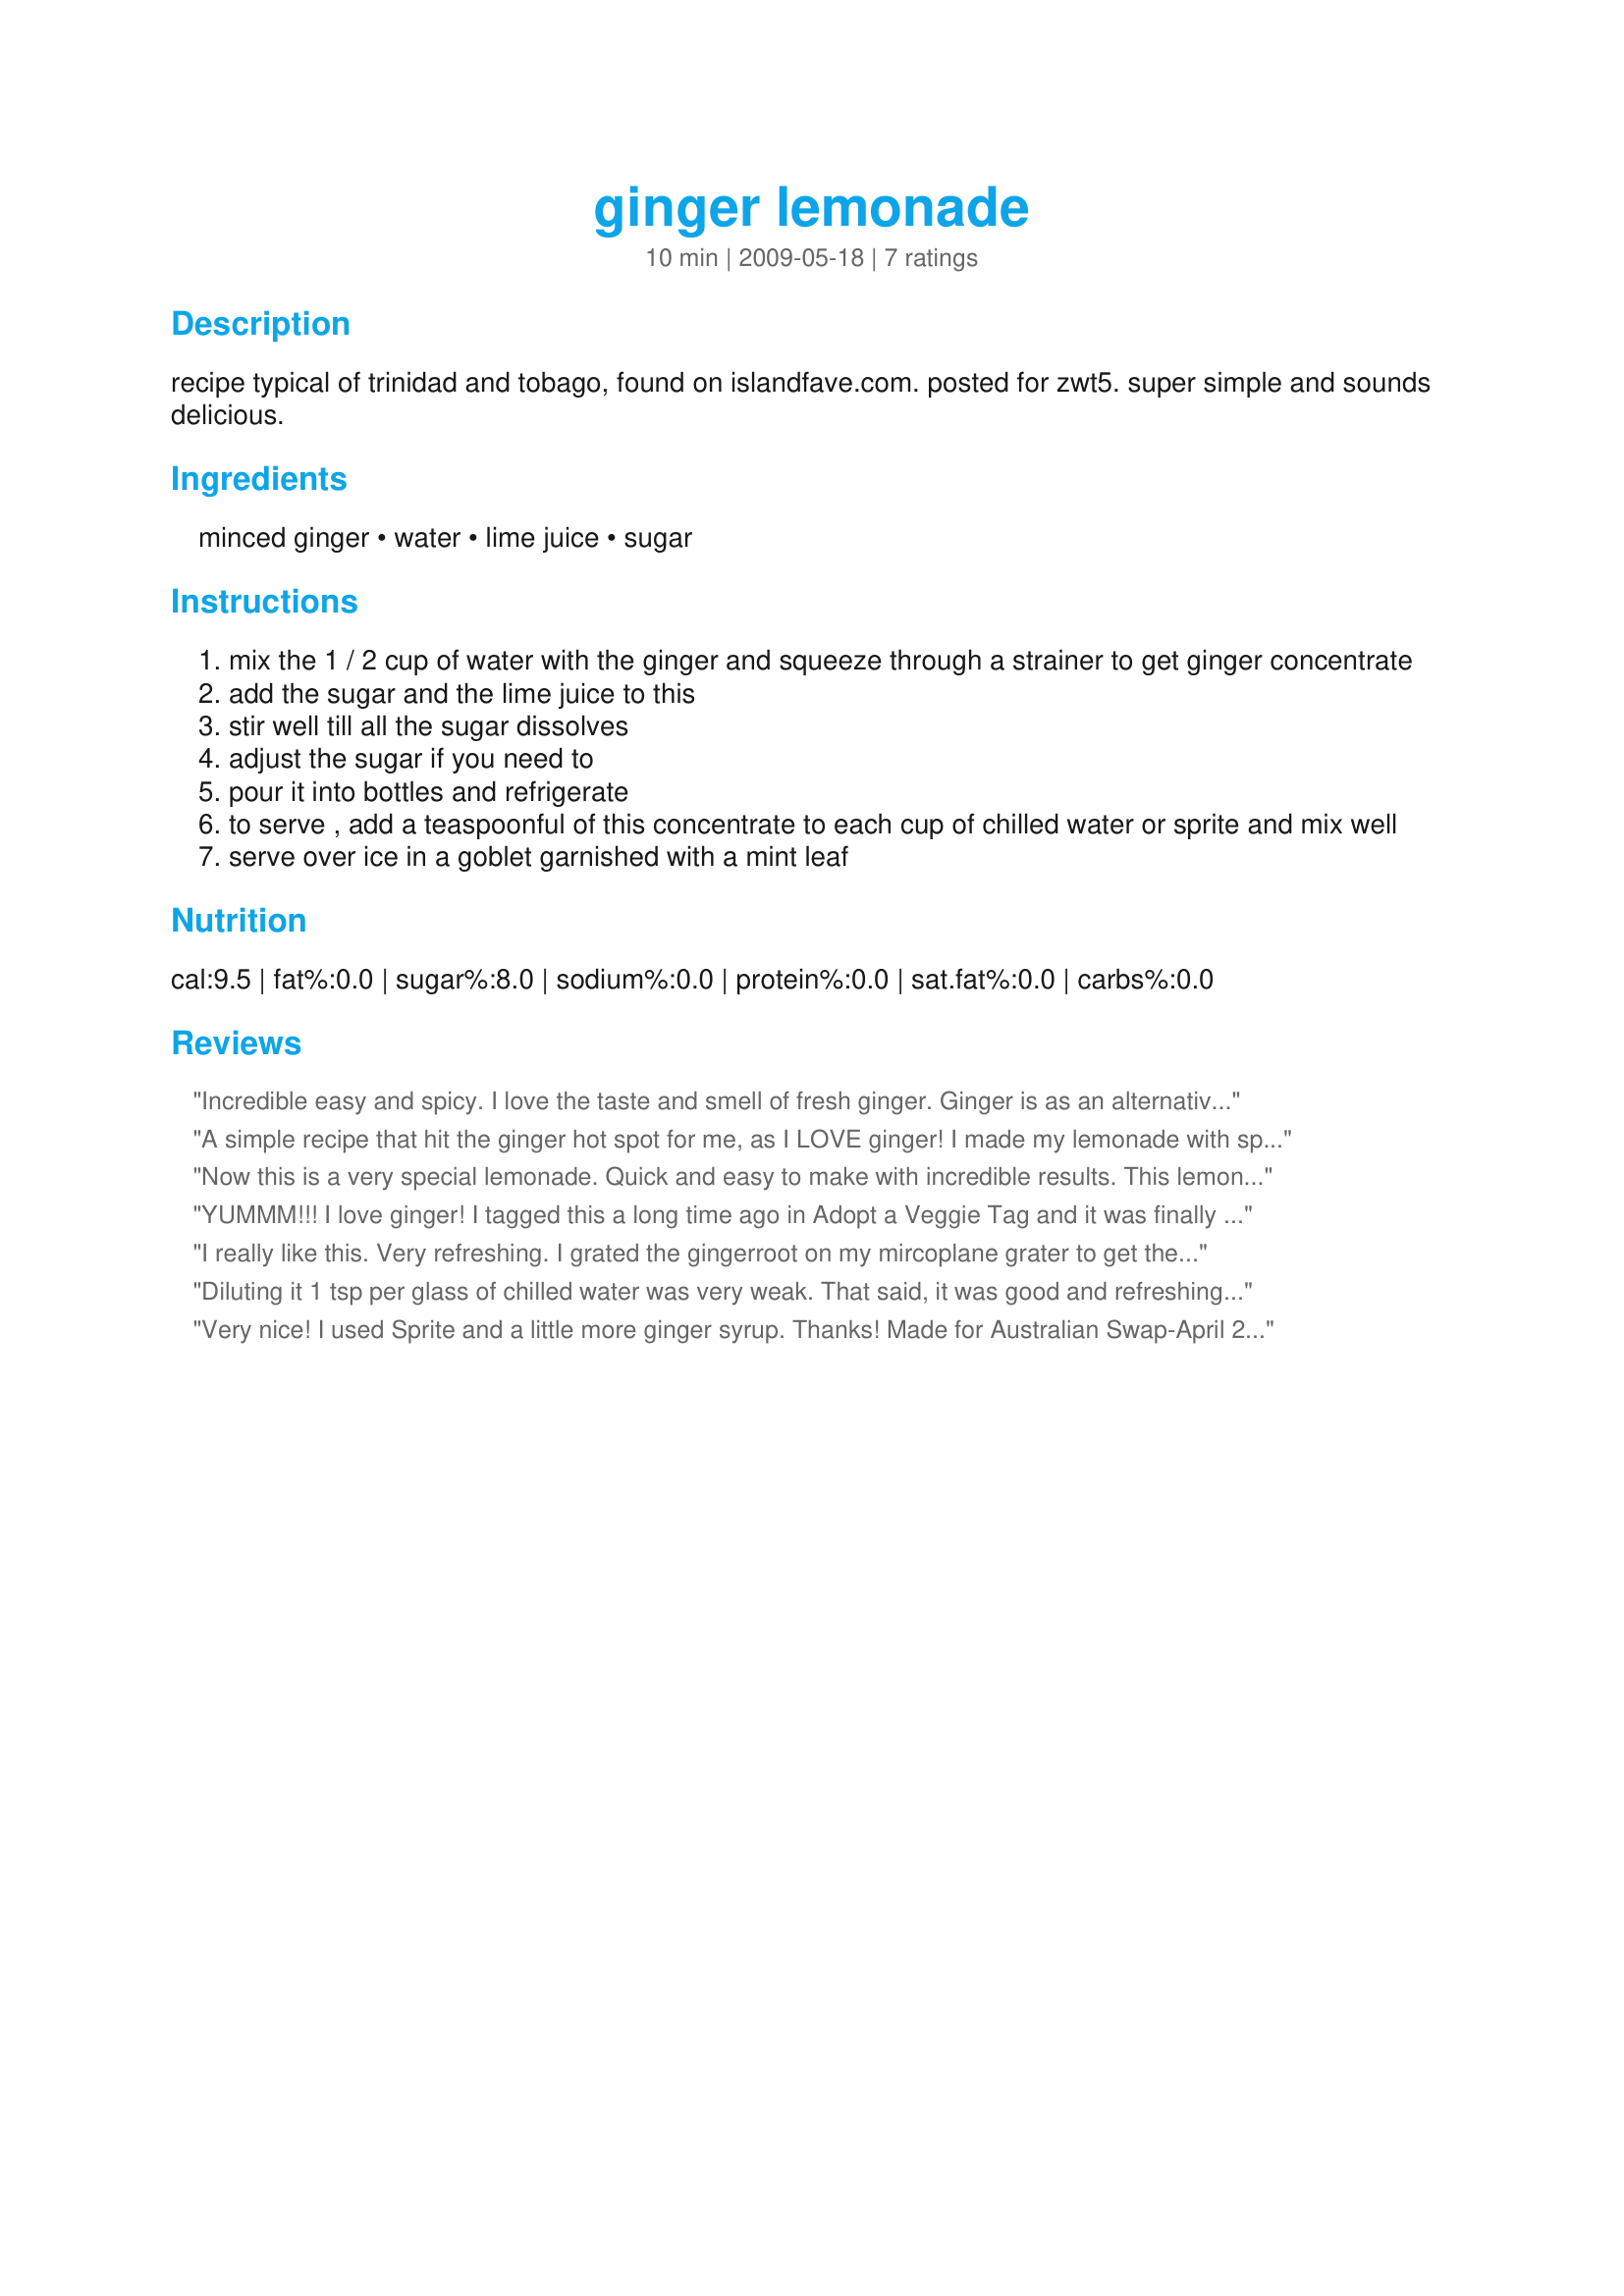
ginger lemonade
Preparation time: 10 minutes

recipe typical of trinidad and tobago, found on islandfave.com. posted for zwt5. super simple and sounds delicious.

Ingredients:
minced ginger, water, lime juice, sugar

Steps:
mix the 1 / 2 cup of water with the ginger and squeeze through a strainer to get ginger concentrate
add the sugar and the lime juice to this
stir well till all the sugar dissolves
adjust the sugar if you need to
pour it into bottles and refrigerate
to serve , add a teaspoonful of this concentrate to each cup of chilled water or sprite and mix well
serve over ice in a goblet garnished with a mint leaf

Reviews:
Incredible easy and spicy. I love the taste and smell of fresh ginger. Ginger is as an alternative cold remedy and this recipe is perfect for this. You can use this as refreshment with soda of with hot water (codd as cold remedy). My children and all my family love this.<br/>How sweet it should be depends only on your taste. If it's hot I would suggest using more soda water and less ginger concentrate. THANKS A LOT!
A simple recipe that hit the ginger hot spot for me, as I LOVE ginger! I made my lemonade with sparkling mineral water for a lighter and fresher taste! Made for ZWT5. Merci.FT:-)
Now this is a very special lemonade. Quick and easy to make with incredible results. This lemonade was sweet, tart, tangy and spicy. I used soda water instead of sprite, it worked great in this drink. I agree with UmmBinat that it was very weak with only 1 tsp of the concentrate. I used much more, but I am a lover of strong bold flavors. A lovely refreshing lemonade that will be enjoyed this summer by my guests. Thank you so much for sharing yet another winner. Made for Aussie Swap #39. :)
YUMMM!!! I love ginger! I tagged this a long time ago in Adopt a Veggie Tag and it was finally nice enough to crave a drink like this! Super easy & delicious. I'd almost drink the concentrate on it's own. I agree that 1tsp per cup is very weak & barely noticeable. I measured teaspoonfuls until I liked the strength....1/4c 1c water is the way dd & I like it. :) I think this would be good added to home brewed ice tea, as well. I think I'll just mix up a big batch & keep it in the fridge in a pitcher..... thank you!
I really like this. Very refreshing. I grated the gingerroot on my mircoplane grater to get the full amount of juice, and let it steep a half hour before squeezing it out.
Diluting it 1 tsp per glass of chilled water was very weak. That said, it was good and refreshing with a whole lot more concentrate added per glass. Limeade. Made for MAKE MY RECIPE~Tag Game Ed't 10.
Very nice! I used Sprite and a little more ginger syrup. Thanks! Made for Australian Swap-April 2010.
